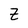
Character: Z